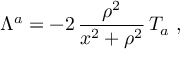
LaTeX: \Lambda ^ { a } = - 2 \, \frac { \rho ^ { 2 } } { x ^ { 2 } + \rho ^ { 2 } } \, T _ { a } \ ,